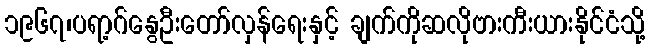
၁၉၆၇၊ပရာ့ဂ်နွေဦးတော်လှန်ရေးနှင့် ချက်ကိုဆလိုဗားကီးယားနိုင်ငံသို့